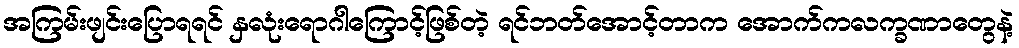
အကြမ်းဖျင်းပြောရရင် နှလုံးရောဂါကြောင့်ဖြစ်တဲ့ ရင်ဘတ်အောင့်တာက အောက်ကလက္ခဏာတွေနဲ့